Report on horse surra - Volume I
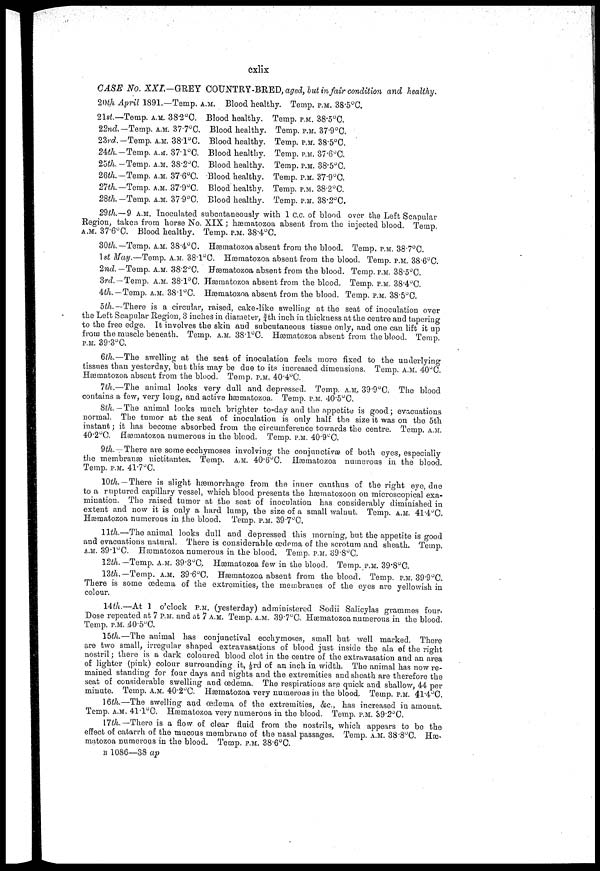
cxlix
CASE No. XXI—GREY COUNTRY-BRED, aged, but in fair condition and healthy.
20th April 1891.—Temp. A.M.
21st-Temp. A.M. 38.2°C.
22nd.-Temp. A.M. 377°C.
23rd.-Temp. A.M. 38-l°C.
24th.-Temp. A.M. 37.1°C.
25th. -Temp. A.M. 38.2°C.
26th.-Temp. A.M. 37.6°C.
21th.-Temp. A.M. 37.9°C.
28th.-Temp. A.M. 37.9°C.
Blood healthy.
Blood healthy.
Blood healthy.
Blood healthy.
Blood healthy.
Blood healthy.
Blood healthy.
Blood healthy.
Blood healthy.
Temp. P.M. 38.5°C.
Temp. P.M. 38.5°C.
Temp. P.M. 37.9°C.
Temp. P.M. 38.5°C.
Temp. P.M. 37.6°C.
Temp. P.M. 38.5°C.
Temp. P.M. 37.9°C.
Temp. P.M. 38.2°C.
Temp. P.M. 38.2°C.
29th.—9 A.M. inoculated subcntaneously with 1 c.c. or blood over the Left Scapular
Region, taken from horse No. XIX; hæmatozoa absent from the injected blood. Temp.
a.m. 37.6°C. Blood healthy. Temp. p.m. 38.4°C.
30th.-Temp.A.M. 38.4°C.
1st May.—Temp. A.M. 38.1°C
2nd.-Temp. A.M. 38.2°C.
3rd-Temp. A.M. 38.1°C.
4th.-Temp. A.M. 38.l°C.
Hæmatozoa absent from the blood.
Hæsmatozoa absent from the blood.
Hæmatozoa absent from the blood.
Hæmatozoa absent from the blood.
Hæmatozoa absent from the blood.
Temp. P.M. 38.7°C.
Temp. P.M. 38.6°C.
Temp. P.M. 38.5°C.
Temp. P.M. 38.4°C.
Temp. P.M. 38.5°C.
5th.-There is a circular, raised, cake-like swelling at the seat of inoculation over
the Left Scapular Region, 3 inches in diameter, ¾ th inch in thickness at the centre and tapering
to the free edge. It involves the skin and subcutaneous tissue only, and one can lift it up
from the muscle beneath. Temp. a.m. 38.1°C. Hæmatozoa absent from the blood. Temp.
P.M. 39.3°C.
6th.—The swelling at the seat of inoculation feels more fixed to the underlying
tissues than yesterday, but this may be due to its increased dimensions. Temp. A.M. 40°C.
Hæmatozoa absent from the blood. Temp. p.m. 40.4°C.
7th.—The animal looks very dull and depressed. Temp. a.m. 39.9°C. The blood
contains a few, very long, and active hæmatozoa. Temp. p.m. 40.5°C.
8th. — The animal looks much brighter to-day and the appetite is good; evacuations
normal. The tumor at the seat of inoculation is only half the size it was on the 5th
instant; it has become absorbed from the circumference towards the centre. Temp. a.m.
40.2°C. Hæmatozoa numerous in the blood. Temp. p.m. 40.9°C.
9th. -There are some ecchymoses involving the conjunctivas of both eyes, especially
the membranæ nictitantes. Temp. a.m. 40.6°C. Hæmatozoa numerous in the blood.
Temp. P.M. 41.7°C.
10th.— There is slight hæmorrhage from the inner canthus of the right eye, due
to a ruptured capillary vessel, which blood presents the hæmatozoon on microscopical exa-
mination. The raised tumor at the seat of inoculation has considerably diminished in
extent and now it is only a hard lump, the size of a small walnut. Temp. a.m. 41.4 C
Hæmatozoa numerous in the blood. Temp. p.m. 39.7°C.
11th.—The animal looks dull and depressed this morning, but the appetite is good
and evacuations natural. There is considerable œdema of the scrotum and sheath. Temp
a.m. 39.l°C. Hæmatozoa numerous in the blood. Temp. p.m. 39.8°C..
12th.— Temp. A.M. 39.3°C, Hæmatozoa few in the blood. Temp. P.M. 39.8°C.
13th.— Temp. A.M. 39.6°C. Hæmatozoa absent from the blood. Temp. P.M. 39.9°C
There is some oedema of the extremities, the membranes of the eyes are yellowish in
colour.
14th.—At 1 o'clock P.M. (yesterday) administered Sodii Salicylas grammes four
Dose repeated at 7 P.M. and at .7 A.M. Temp. a.m. 39.7°C. Hæmatozoa numerous in the blood
Temp. P.M. .40.5°C.
15th.—The animal has conjunctival ecchymoses, small but well marked. Then
are two small, irregular shaped extravasations of blood just inside the ala of the righ
nostril; there is a dark coloured blood clot in the centre of the extravasation and an ares
of lighter (pink) colour surrounding it, -1/ 3-rd of an inch in width. The animal has now re-
mained standing for four days and nights and the extremities and sheath are therefore the
seat of considerable swelling and oedema. The respirations are quick and shallow, 44 per
minute. Temp. A.M. 40.2 °C. Hæmatozoa very numerous in the blood. Temp. P.M. 4l.4°C
16th.—The swelling and oedema of the extremities, &c, has increased in amount
Temp, A.M. 41.1°C. Hæmatozoa very numerous in the blood. Temp. P.M. 39.2°C.
17th.—There is a flow of clear fluid from the nostrils, which appears to be the
effect of catarrh of the mucous membrane of the nasal passages. Temp. A.M. 38.8°C. Has
matozoa numerous in the blood. Temp. p.m. 38.6°C.
B 1086—38 ap